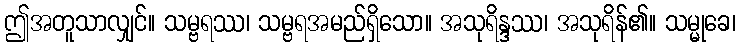
ဤအတူသာလျှင်။ သမ္ဗရဿ၊ သမ္ဗရအမည်ရှိသော။ အသုရိန္ဒဿ၊ အသုရိန်၏။ သမ္မုခေ၊